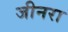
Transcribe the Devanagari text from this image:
जीनरा